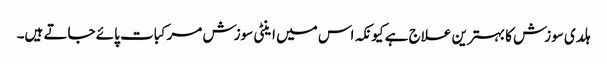
ہلدی سوزش کا بہترین علاج ہے کیونکہ اس میں اینٹی سوزش مرکبات پائے جاتے ہیں۔